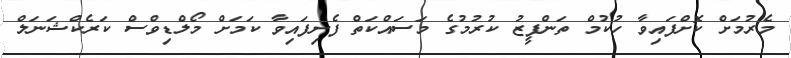
މެރުމަށް ކޮށްފައިވާ ހުކުމް ތަންފީޒު ކުރުމުގެ މަސައްކަތް ފެށިފައިވާ ކަމަށް މޯލްޑިވްސް ކަރެކްޝަނަލް